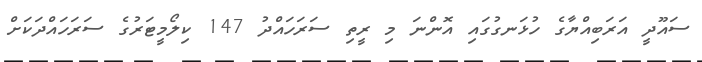
ސައޫދީ އަރަބިއްޔާގެ ހުޅަނގުގައި އޮންނަ މި ރީތި ސަރަހައްދު 147 ކިލޯމީޓަރުގެ ސަރަހައްދަކަށް